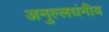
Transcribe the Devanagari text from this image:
अनुल्लघंनीय